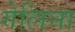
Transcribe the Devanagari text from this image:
गेलिना